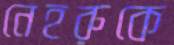
নেহরুকে